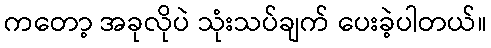
ကတော့ အခုလိုပဲ သုံးသပ်ချက် ပေးခဲ့ပါတယ်။